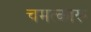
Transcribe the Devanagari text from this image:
चमत्कारू